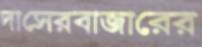
দাসেরবাজারের